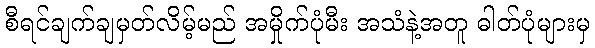
စီရင်ချက်ချမှတ်လိမ့်မည် အမှိုက်ပုံမီး အသံနဲ့အတူ ဓါတ်ပုံများမှ